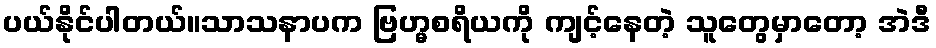
ပယ်နိုင်ပါတယ်။သာသနာပက ဗြဟ္မစရိယကို ကျင့်နေတဲ့ သူတွေမှာတော့ အဲဒီ